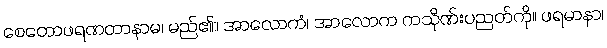
စေတောဖရဏတာနာမ၊ မည်၏။ အာလောကံ၊ အာလောက ကသိုဏ်းပညတ်ကို။ ဖရမာနာ၊